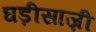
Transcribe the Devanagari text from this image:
घड़ीसाज़ी